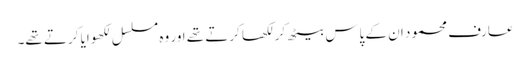
عارف محمود ان کے پاس بیٹھ کر لکھا کرتے تھے اور وہ مسلسل لکھوایا کرتے تھے۔